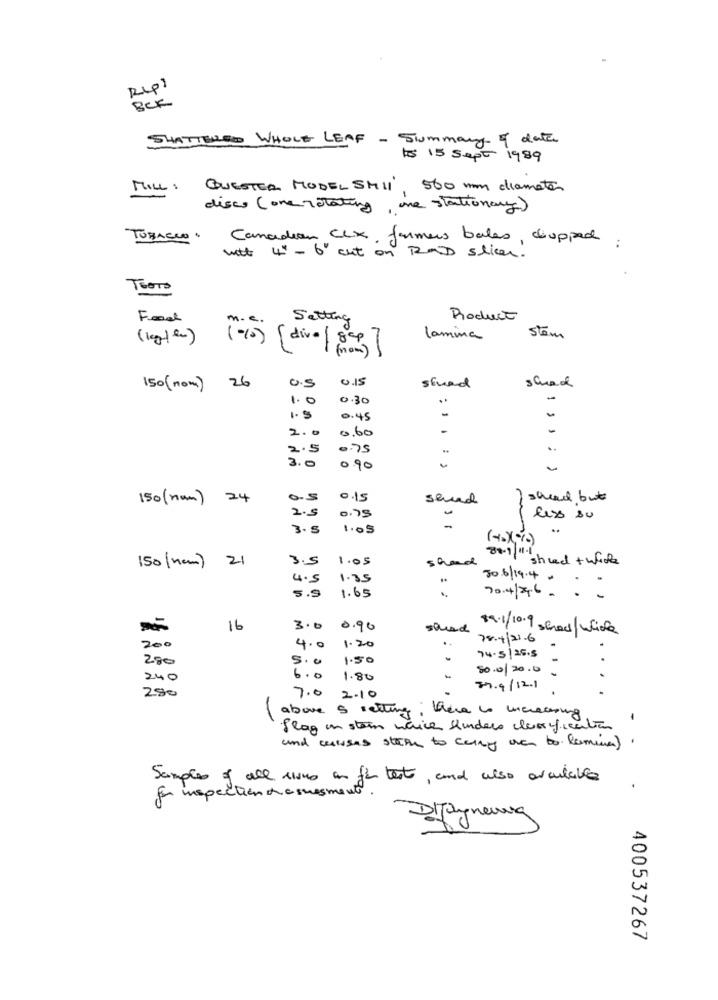
BCF
SHATTERED WHOLE LEAF - Summary of date
to 15 Sept 1989
MILL: QUESTER MODELSMI1, 560 mm diameter
disco (one rotating, une stationary)
TOBACCO"
Canadian CLX, farmers bales, chopped
witt 4 - 6 cut on RAD sticen.
TOOTs
Food
Setting
Roduct
lamina
stem
0.15
150(nom) 26
0.5
squad
1.0
0.30
-
1.5
0.45
2.0
-
0.60
2.5
0.75
3.0
090
150(nom) 24
o.s
send
/ sheed but
2.5
0.79
less su
3.5
1.05
-
3.5
1.05
shad
80.1|"sheed + with
150 (new) 21
4.5
1.85
30.6/19.4
5.9
1.65
70.4/2.6 . ..
16
3.0
0.90
shred
89.1/10.9 show/which
..
70.4/21.6
200
4.0 1.20
280
5.0
1.50
.
74.5|26.5
50.0/20.0
240
6.0
1.80
-
280
77.9/12.1
7.0 2.10
-
above 5 setting; there is increasing
flag un stein wice Kunders classification
and causes steph to carry over to Remina)
Samples of all rions an fer tests, and also available
for inspection desvesment
DiJagneung
400537267